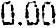
0.00